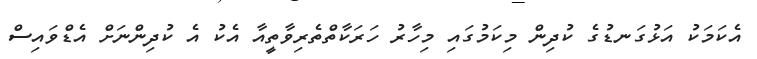
އެކަމަކު އަޅުގަނޑުގެ ކުދިން މިކަމުގައި މިހާރު ހަރަކާތްތެރިވާތީއާ އެކު އެ ކުދިންނަށް އެޑްވައިސް